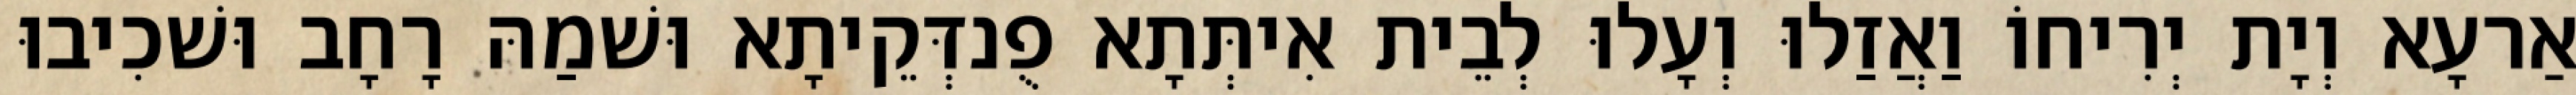
אַרעָא וְיָת יְרִיחוֹ וַאֲזַלוּ וְעָלוּ לְבֵית אִיתְּתָא פֻנדְּקֵיתָא וּשׁמַהּ רָחָב וּשׁכִיבוּ